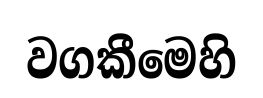
වගකීමෙහි